Trukikaitis_Postimees, lk 88
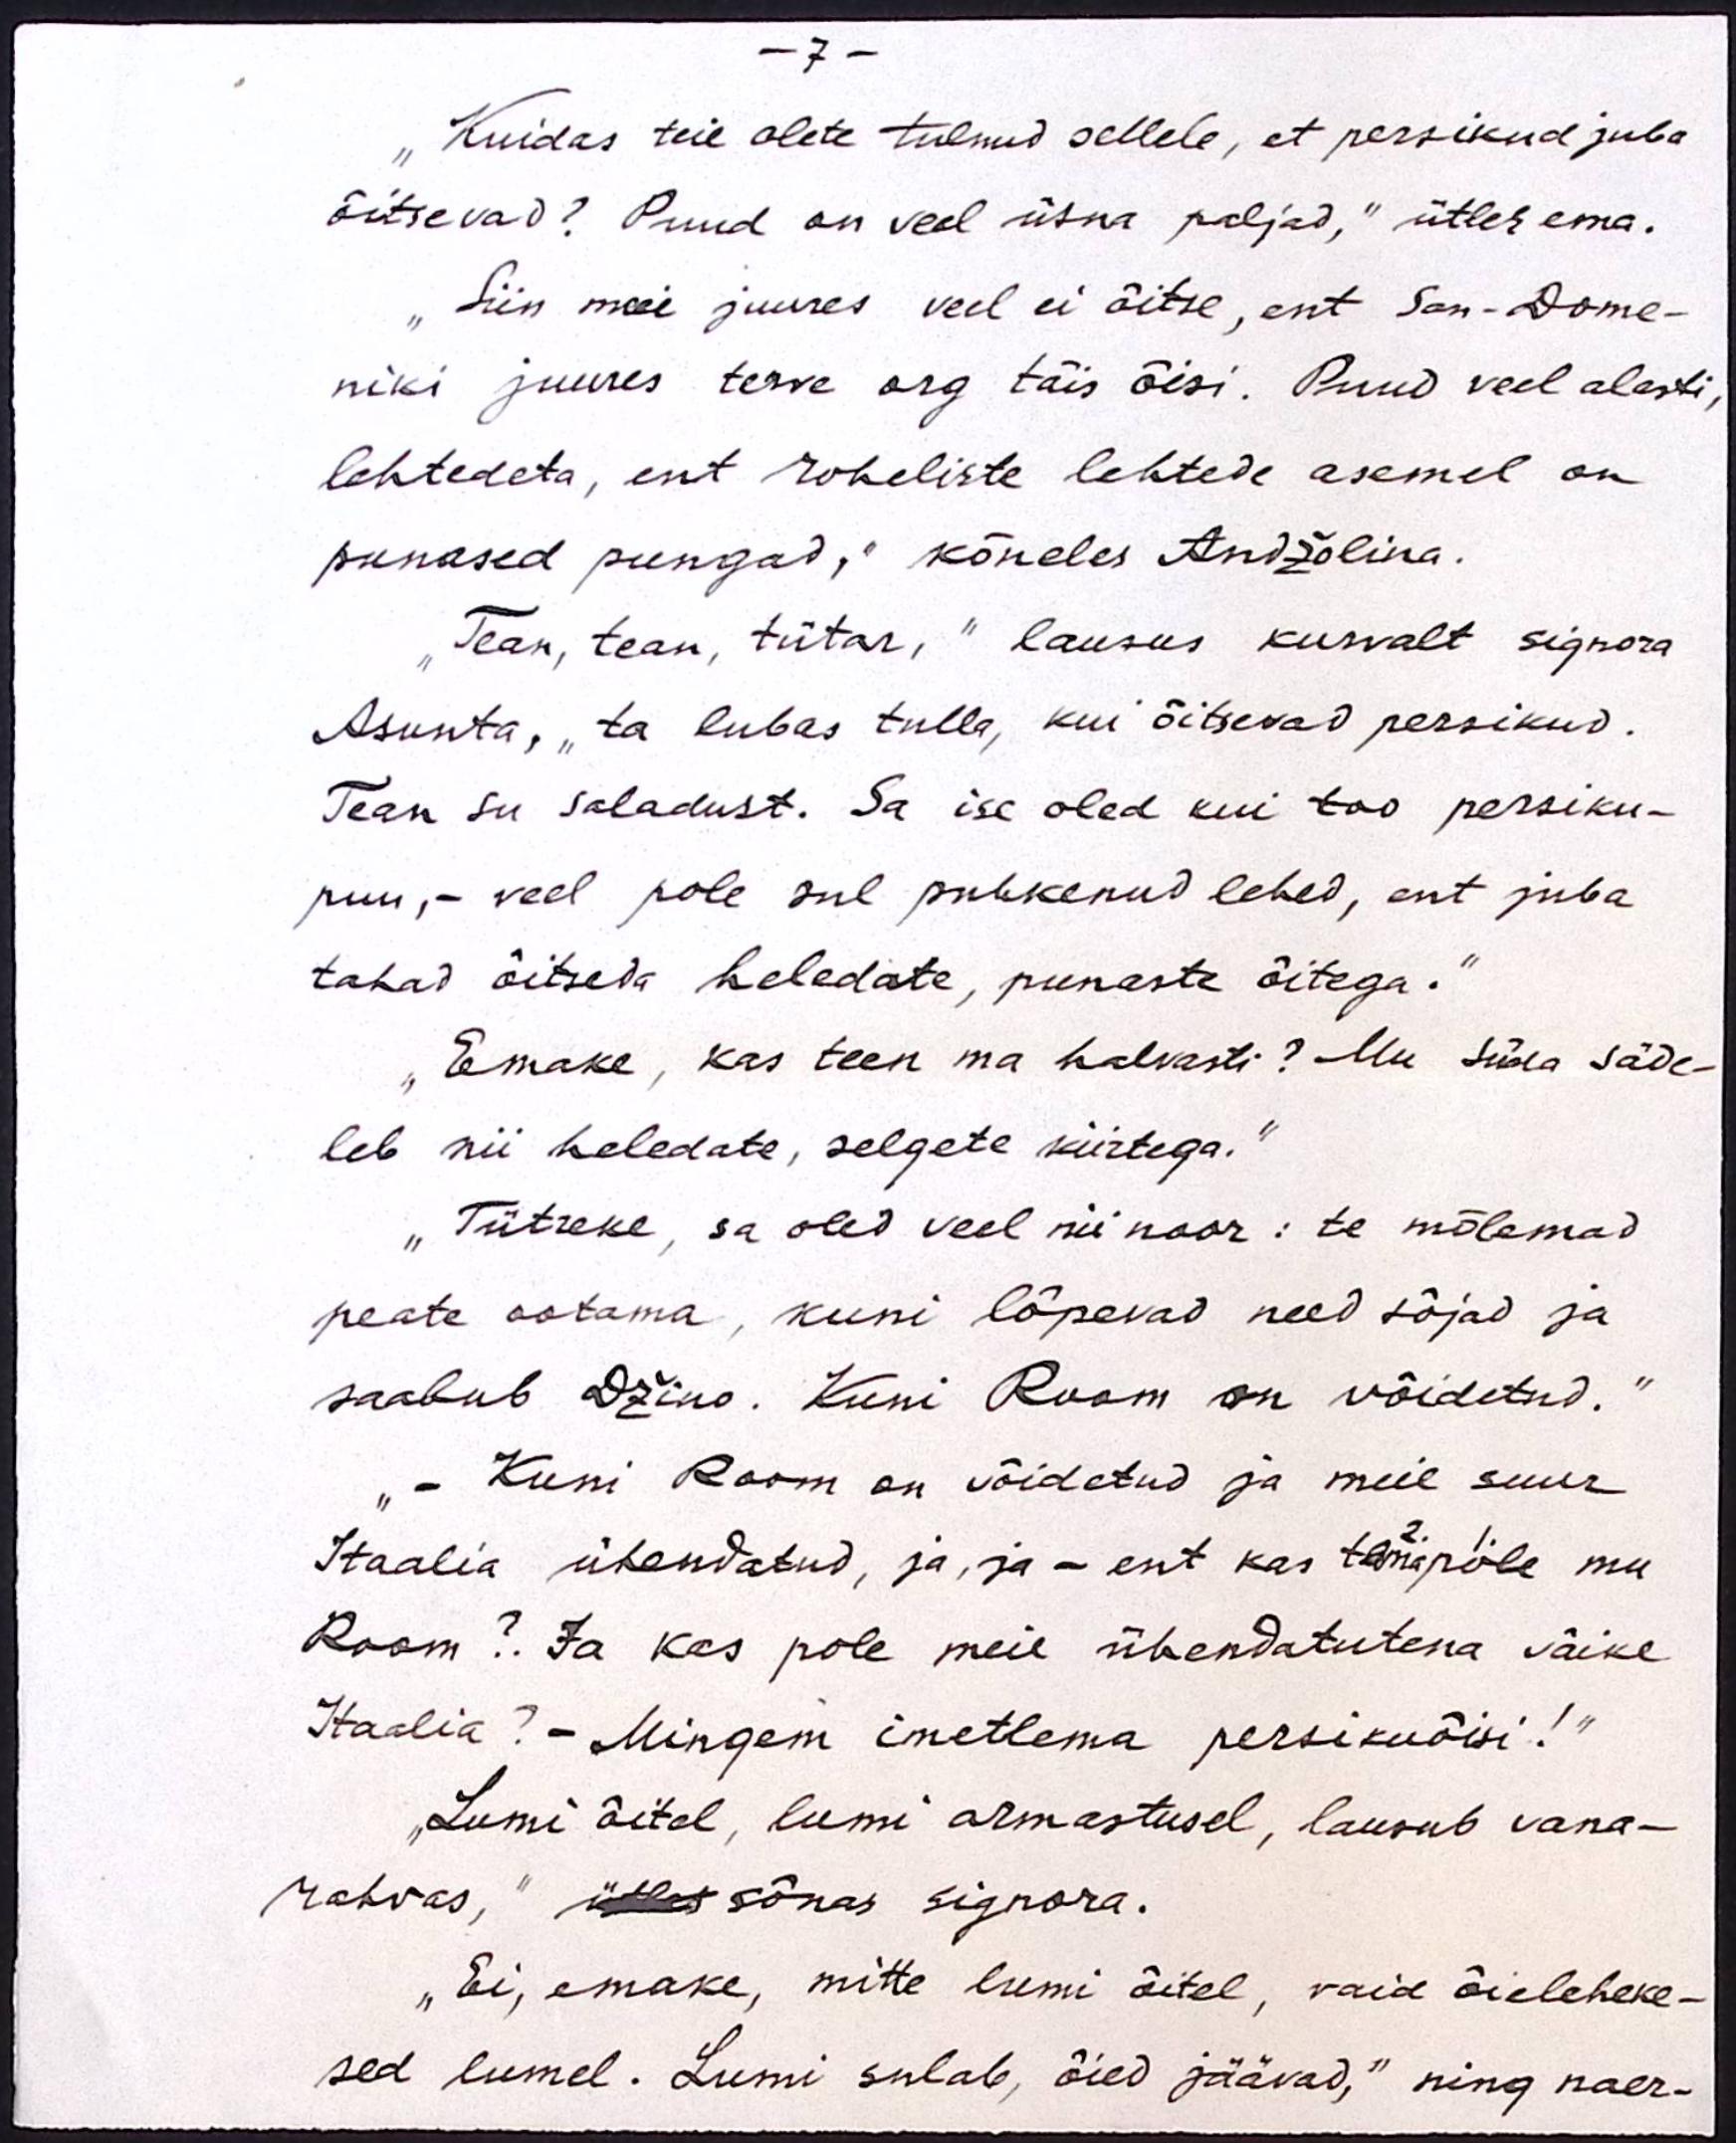
- 7 -
„Kuidas teie olete tulnud sellele, et persikud juba
õitsevad? Puud on veel üsna paljad," ütles ema.
"Siin meie juures veel ei õitse, ent San-Dome-
niki juures terve org täis õisi. Puud veel alasti,
lehtedeta, ent roheliste lehtede asemel on
punased pungad," kõneles Andžolina.
"Tean, tean, tütar,“ lausus kurvalt signora
Asunta, "ta lubas tulla, kui õitsevad persikud.
Tean su saladust. Sa ise oled kui too persiku-
puu,- veel pole sul puhkenud lehed, ent juba
tahad õitseda heledate, punaste õitega."
"Emake, kas teen ma halvasti? Mu süda säde-
leb nii heledate, selgete kiirtega."
"Tütreke, sa oled veel nii noor: te mõlemad
peate ootama, kuni lõpevad need sõjad ja
saabub Džino. Kuni Room on võidetud."
" - Kuni Room on võidetud ja meie suur
2. 1.
Itaalia ühendatud, ja, ja - ent kas tema pole mu
Room?. Ja kas pole meie ühendatutena väike
Itaalia? - Mingem imetlema persikuõisi!“
"Lumi õitel, lumi armastusel, lausub vana-
rahvas," ütles sõnas signora.
„Ei, emake, mitte lumi õitel, vaid õieleheke-
sed lumel. Lumi sulab, õied jäävad," ning naer-